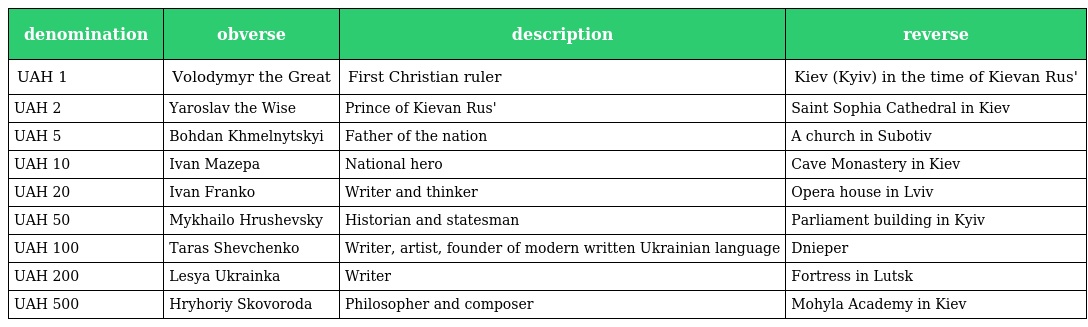
| denomination | obverse | description | reverse |
 | --- | --- | --- | --- |
 | UAH 1 | Volodymyr the Great | First Christian ruler | Kiev (Kyiv) in the time of Kievan Rus' |
 | UAH 2 | Yaroslav the Wise | Prince of Kievan Rus' | Saint Sophia Cathedral in Kiev |
 | UAH 5 | Bohdan Khmelnytskyi | Father of the nation | A church in Subotiv |
 | UAH 10 | Ivan Mazepa | National hero | Cave Monastery in Kiev |
 | UAH 20 | Ivan Franko | Writer and thinker | Opera house in Lviv |
 | UAH 50 | Mykhailo Hrushevsky | Historian and statesman | Parliament building in Kyiv |
 | UAH 100 | Taras Shevchenko | Writer, artist, founder of modern written Ukrainian language | Dnieper |
 | UAH 200 | Lesya Ukrainka | Writer | Fortress in Lutsk |
 | UAH 500 | Hryhoriy Skovoroda | Philosopher and composer | Mohyla Academy in Kiev |